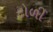
ટોળી